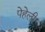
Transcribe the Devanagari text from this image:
पेहेली